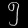
Digit: ၅